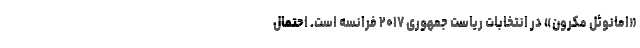
«امانوئل مکرون» در انتخابات ریاست جمهوری ۲۰۱۷ فرانسه است. احتمال